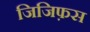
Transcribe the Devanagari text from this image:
जिजिफ़स